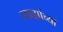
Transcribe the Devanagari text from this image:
व्याह्यांच्या